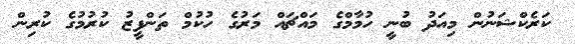
ކަރެކްޝަނުން މިއަދު ބުނީ ހުމާމްގެ މައްޗައް މަރުގެ ހުކުމް ތަންފީޒު ކުރުމުގެ ކުރިން